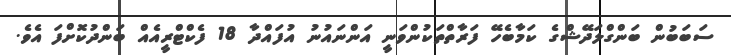
ސަބަބުން ބަންގްލަދޭޝްގެ ކަމާބެހޭ ފަރާތްތަކުންވަނީ އަންނައުނު އުފައްދާ 18 ފެކްޓްރީއެއް ބަންދުކޮށްފަ އެވެ.